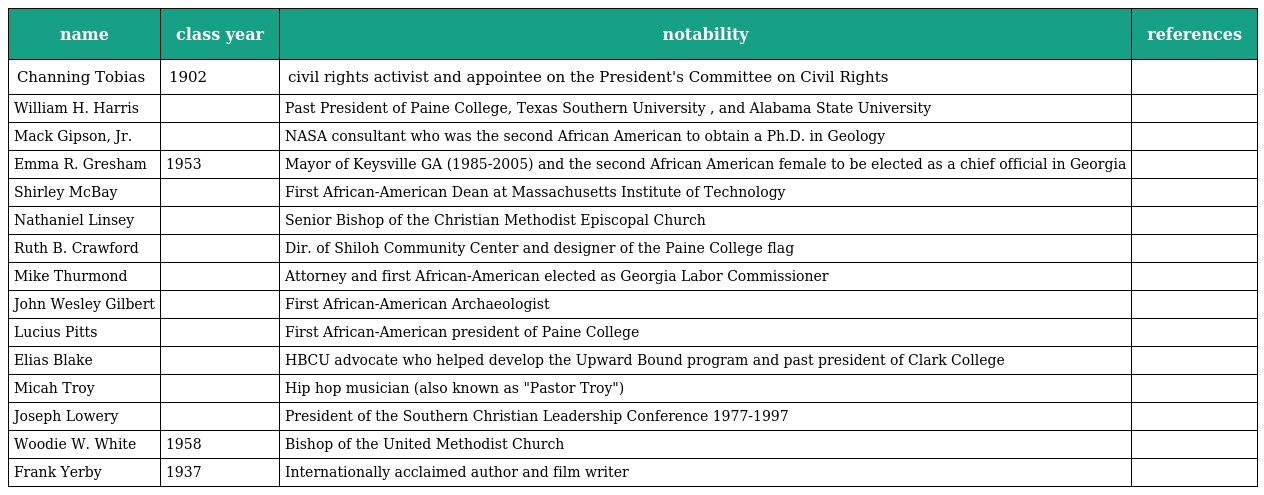
| name | class year | notability | references |
 | --- | --- | --- | --- |
 | Channing Tobias | 1902 | civil rights activist and appointee on the President's Committee on Civil Rights |  |
 | William H. Harris |  | Past President of Paine College, Texas Southern University , and Alabama State University |  |
 | Mack Gipson, Jr. |  | NASA consultant who was the second African American to obtain a Ph.D. in Geology |  |
 | Emma R. Gresham | 1953 | Mayor of Keysville GA (1985-2005) and the second African American female to be elected as a chief official in Georgia |  |
 | Shirley McBay |  | First African-American Dean at Massachusetts Institute of Technology |  |
 | Nathaniel Linsey |  | Senior Bishop of the Christian Methodist Episcopal Church |  |
 | Ruth B. Crawford |  | Dir. of Shiloh Community Center and designer of the Paine College flag |  |
 | Mike Thurmond |  | Attorney and first African-American elected as Georgia Labor Commissioner |  |
 | John Wesley Gilbert |  | First African-American Archaeologist |  |
 | Lucius Pitts |  | First African-American president of Paine College |  |
 | Elias Blake |  | HBCU advocate who helped develop the Upward Bound program and past president of Clark College |  |
 | Micah Troy |  | Hip hop musician (also known as "Pastor Troy") |  |
 | Joseph Lowery |  | President of the Southern Christian Leadership Conference 1977-1997 |  |
 | Woodie W. White | 1958 | Bishop of the United Methodist Church |  |
 | Frank Yerby | 1937 | Internationally acclaimed author and film writer |  |